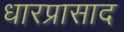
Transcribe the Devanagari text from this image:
धारप्रासाद